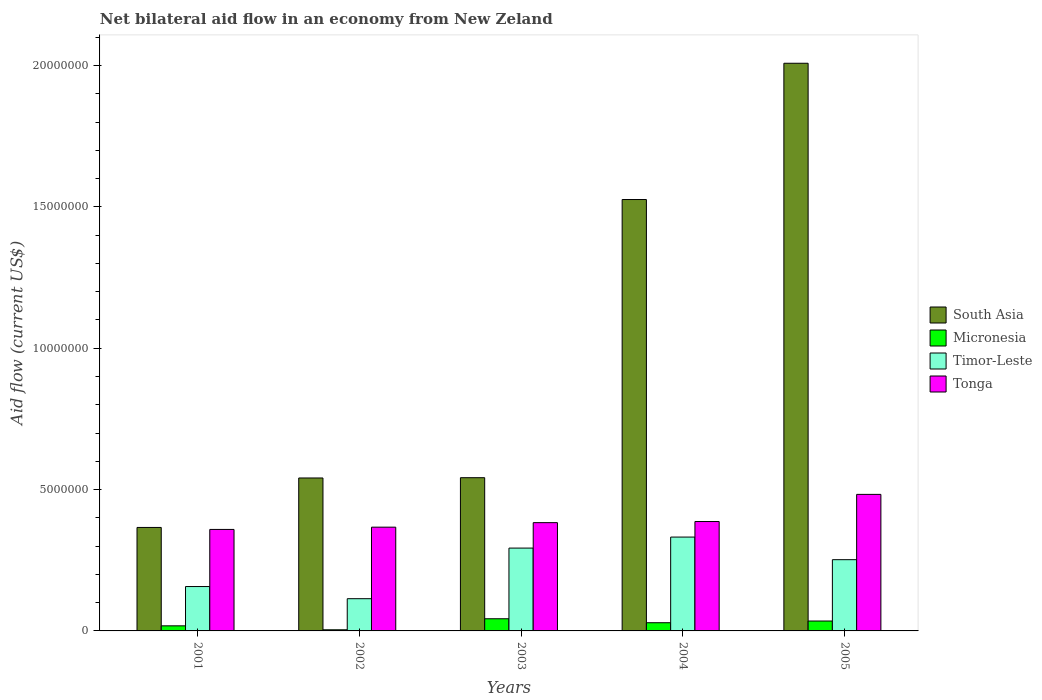
| Years | South Asia | Micronesia | Timor-Leste | Tonga |
 | --- | --- | --- | --- | --- |
 | 2001 | 3.66e+06 | 1.8e+05 | 1.57e+06 | 3.59e+06 |
 | 2002 | 5.41e+06 | 4e+04 | 1.14e+06 | 3.67e+06 |
 | 2003 | 5.42e+06 | 4.3e+05 | 2.93e+06 | 3.83e+06 |
 | 2004 | 1.53e+07 | 2.9e+05 | 3.32e+06 | 3.87e+06 |
 | 2005 | 2.01e+07 | 3.5e+05 | 2.52e+06 | 4.83e+06 |